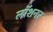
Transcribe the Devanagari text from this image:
लॉशनर